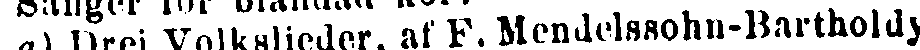
a) Drei Volkslieder, af F. Mendelssohn-Bartholdy.